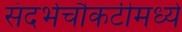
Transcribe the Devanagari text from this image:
संदर्भचौकटीमध्ये